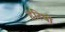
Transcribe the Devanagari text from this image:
हरियो